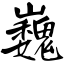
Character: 巍